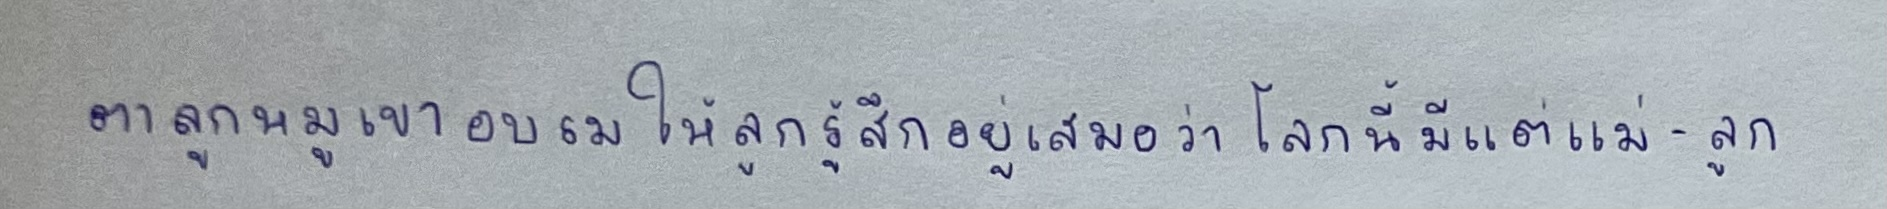
ตาลูกหมูเขาอบรมให้ลูกรู้สึกอยู่เสมอว่าในโลกนี้มีแต่แม่-ลูก